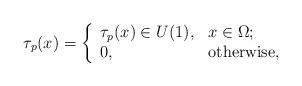
LaTeX: \begin{align*}\tau_p(x)=\left\{ \begin{array}{ll} \tau_p(x)\in U(1), & \hbox{$x\in \Omega$;} \\ 0, & \hbox{otherwise,} \end{array} \right.\end{align*}